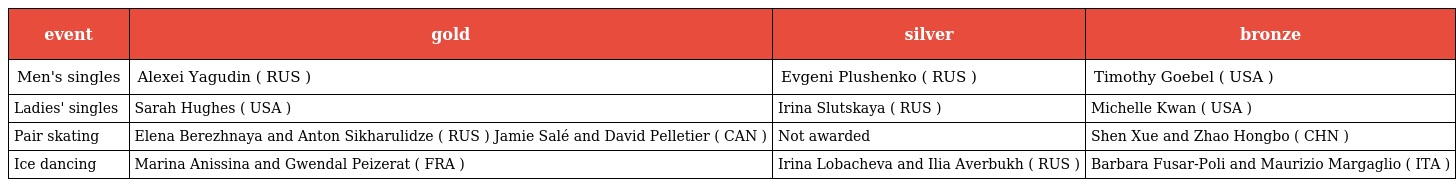
| event | gold | silver | bronze |
 | --- | --- | --- | --- |
 | Men's singles | Alexei Yagudin ( RUS ) | Evgeni Plushenko ( RUS ) | Timothy Goebel ( USA ) |
 | Ladies' singles | Sarah Hughes ( USA ) | Irina Slutskaya ( RUS ) | Michelle Kwan ( USA ) |
 | Pair skating | Elena Berezhnaya and Anton Sikharulidze ( RUS ) Jamie Salé and David Pelletier ( CAN ) | Not awarded | Shen Xue and Zhao Hongbo ( CHN ) |
 | Ice dancing | Marina Anissina and Gwendal Peizerat ( FRA ) | Irina Lobacheva and Ilia Averbukh ( RUS ) | Barbara Fusar-Poli and Maurizio Margaglio ( ITA ) |